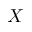
X